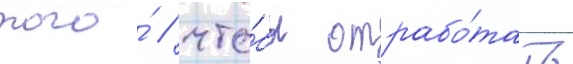
того́ / что́бы отрабо́тать